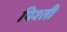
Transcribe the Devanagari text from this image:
पिश्ती